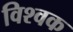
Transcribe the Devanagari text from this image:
विश्वक